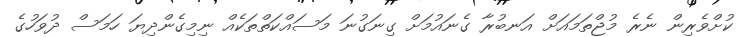
ކުށްވެރިން ނެރެ މުޖްތަމައަށް އަނބުރާ ގެނައުމަށް ގިނަގުނަ މަސައްކަތްތަކެއް ނިމިގެންދިޔަ ހަމަސް ދުވަހުގެ